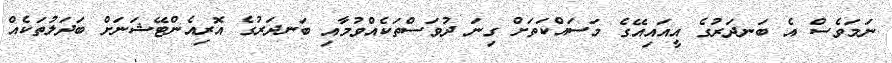
ނަމަވެސް އެ ބަނދަރުގެ އީއައިއޭގެ މަސައްކަތަށް ގިނަ ދުވަސްތަކެއްވުމާއި ބަނދަރުގެ އޮރިއެންޓޭޝަނަށް ބަދަލުތަކެއް